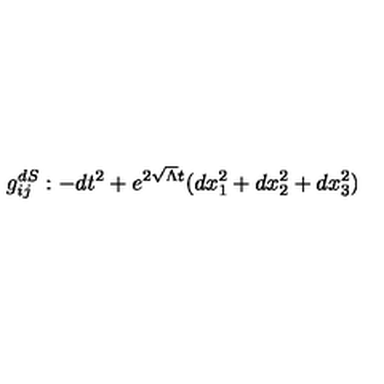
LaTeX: g _ { i j } ^ { d S } : - d t ^ { 2 } + e ^ { 2 \sqrt { \Lambda } t } ( d x _ { 1 } ^ { 2 } + d x _ { 2 } ^ { 2 } + d x _ { 3 } ^ { 2 } )